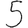
Digit: 5